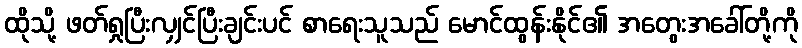
ထိုသို့ ဖတ်ရှုပြီးလျှင်ပြီးချင်းပင် စာရေးသူသည် မောင်ထွန်းနိုင်၏ အတွေးအခေါ်တို့ကို